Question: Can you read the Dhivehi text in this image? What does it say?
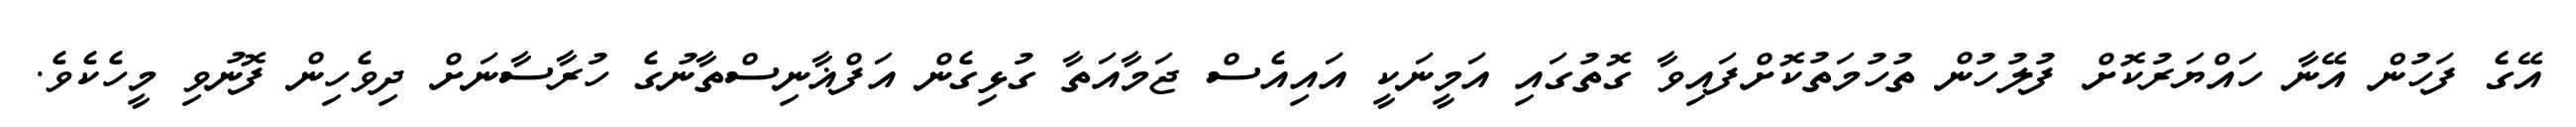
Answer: އޭގެ ފަހުން އޭނާ ހައްޔަރުކޮށް ފުލުހުން ތުހުމަތުކޮށްފައިވާ ގޮތުގައި އަމީނަކީ އައިއެސް ޖަމާއަތާ ގުޅިގެން އަފްޣާނިސްތާނުގެ ހުރާސާނަށް ދިވެހިން ފޮނުވި މީހެކެވެ.